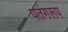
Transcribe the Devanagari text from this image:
पतंगरूप